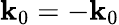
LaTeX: {\mathbf k}_{0}=-{\mathbf k}_{0}